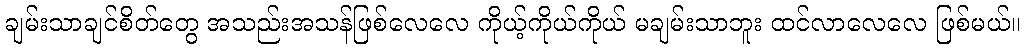
ချမ်းသာချင်စိတ်တွေ အသည်းအသန်ဖြစ်လေလေ ကိုယ့်ကိုယ်ကိုယ် မချမ်းသာဘူး ထင်လာလေလေ ဖြစ်မယ်။